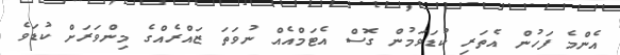
އެންމެ ފަހުން އެތަރި ކުޑަވަމުން ގޮސް އެޓަމްއެއް ނުވަތަ ޒައްރެއްގެ މިންވަރަށް ކުޑަވެ